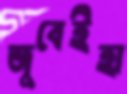
জুবেইহা